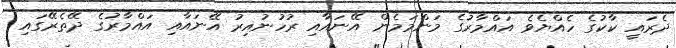
ދެރައީ ކާކުގެ ހެއްޔެވެ އައްމާރުގެ މަންމަމެން އޭނައާއި ރުހުނުއިރު އޭނައާއި އައްމާރުގެ ދޭތެރޭގައި